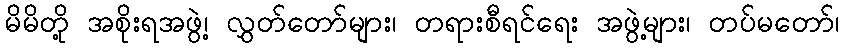
မိမိတို့ အစိုးရအဖွဲ့၊ လွှတ်တော်များ၊ တရားစီရင်ရေး အဖွဲ့များ၊ တပ်မတော်၊